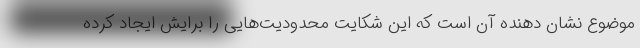
موضوع نشان دهنده آن است که این شکایت محدودیت‌هایی را برایش ایجاد کرده